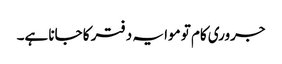
جروری کام تو موا یہ دفتر کا جانا ہے۔